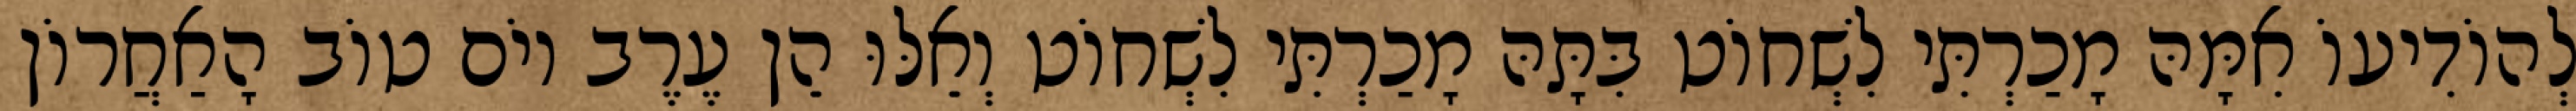
לְהוֹדִיעוֹ אִמָּהּ מָכַרְתִּי לִשְׁחוֹט בִּתָּהּ מָכַרְתִּי לִשְׁחוֹט וְאֵלּוּ הֵן עֶרֶב יוֹם טוֹב הָאַחֲרוֹן